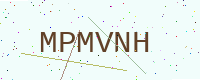
Text: MPMVNH